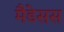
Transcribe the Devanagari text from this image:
मैडेसस